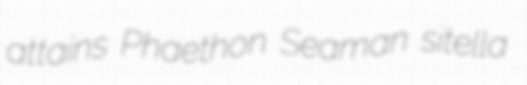
attains Phaethon Seaman sitella